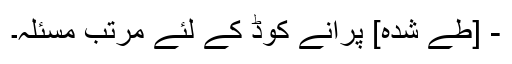
- [طے شدہ] پرانے کوڈ کے لئے مرتب مسئلہ۔